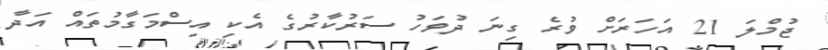
ޖުމްލަ 21 އަހަރަށް ވުރެ ގިނަ ދުވަހު ސަރުކާރުގެ އެކި އިސްމަގާމުތައް އަދާ